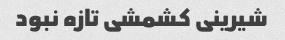
شیرینی کشمشی تازه نبود